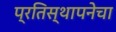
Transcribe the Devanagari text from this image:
प्रतिस्थापनेचा